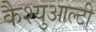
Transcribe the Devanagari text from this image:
कैश्युआल्टी